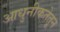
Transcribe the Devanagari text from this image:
आधुनीकतेतून